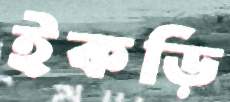
ইকড়ি